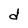
Character: d